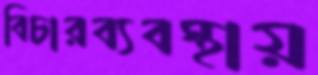
বিচারব্যবস্থায়